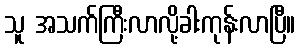
သူ အသက်ကြီးလာလို့ခါးကုန်းလာပြီ။